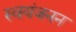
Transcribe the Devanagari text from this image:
स्वयंजनन